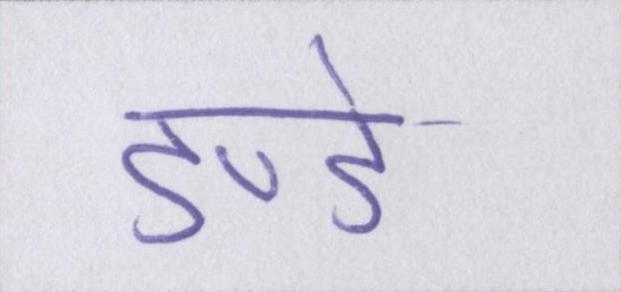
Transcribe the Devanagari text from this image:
डण्डे